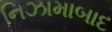
નિઝામાબાદ